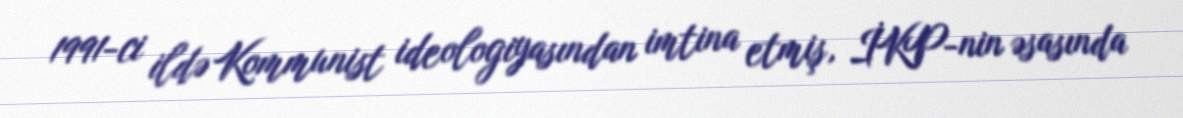
1991-ci ildə Kommunist ideologiyasından imtina etmiş, İKP-nin əsasında